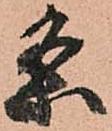
条